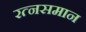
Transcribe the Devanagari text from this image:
रत्‍नसमान